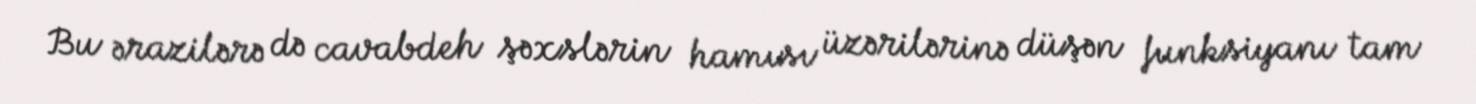
Bu ərazilərə də cavabdeh şəxslərin hamısı üzərilərinə düşən funksiyanı tam